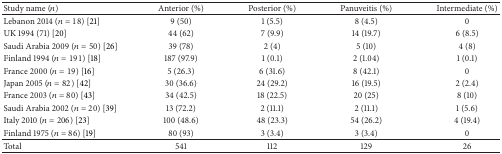
<table><thead><tr><td><b>Study name (<i>n</i>)</b></td><td><b>Anterior (%)</b></td><td><b>Posterior (%)</b></td><td><b> Panuveitis (%)</b></td><td><b>Intermediate (%)</b></td></tr></thead><tbody><tr><td>Lebanon 2014 (<i>n</i> = 18) [21]</td><td>9 (50)</td><td>1 (5.5)</td><td>8 (4.5)</td><td>0</td></tr><tr><td>UK 1994 (71) [20]</td><td>44 (62)</td><td>7 (9.9)</td><td>14 (19.7)</td><td>6 (8.5)</td></tr><tr><td>Saudi Arabia 2009 (<i>n</i> = 50) [26]</td><td>39 (78)</td><td>2 (4)</td><td>5 (10)</td><td>4 (8)</td></tr><tr><td>Finland 1994 (<i>n</i> = 191) [18]</td><td>187 (97.9)</td><td>1 (0.1)</td><td>2 (1.04)</td><td>1 (0.1)</td></tr><tr><td>France 2000 (<i>n</i> = 19) [16]</td><td>5 (26.3)</td><td>6 (31.6)</td><td>8 (42.1)</td><td>0</td></tr><tr><td>Japan 2005 (<i>n</i> = 82) [42]</td><td>30 (36.6)</td><td>24 (29.2)</td><td>16 (19.5)</td><td>2 (2.4)</td></tr><tr><td>France 2003 (<i>n</i> = 80) [43]</td><td>34 (42.5)</td><td>18 (22.5)</td><td>20 (25)</td><td>8 (10)</td></tr><tr><td>Saudi Arabia 2002 (<i>n</i> = 20) [39]</td><td>13 (72.2)</td><td>2 (11.1)</td><td>2 (11.1)</td><td>1 (5.6)</td></tr><tr><td>Italy 2010 (<i>n</i> = 206) [23]</td><td>100 (48.6)</td><td>48 (23.3)</td><td>54 (26.2)</td><td>4 (19.4)</td></tr><tr><td>Finland 1975 (<i>n</i> = 86) [19]</td><td>80 (93)</td><td>3 (3.4)</td><td>3 (3.4)</td><td>0</td></tr><tr><td>Total</td><td>541</td><td>112</td><td>129</td><td>26</td></tr></tbody></table>